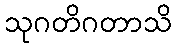
သုဂတိဂတာသိ